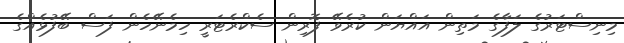
މިނިސްޓަރުގެ ލަފާގެ މަތިން އައްޔަން ކުރެވޭ ފޮރިން ސެކްރެޓަރީ ހިމެނޭހެން ފަސް ބޭފުޅެއްގެ